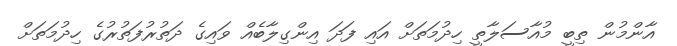
އާންމުން ތިބީ މުއާސަލާތީ ހިދުމަތަށް އައި ފަދަ އިންގިލާބެއް ވައިގެ ދަތުރުފަތުރުގެ ހިދުމަތަށް